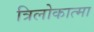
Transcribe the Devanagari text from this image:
त्रिलोकात्मा